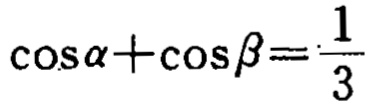
\(\cos\alpha+\cos\beta=\frac{1}{3}\)